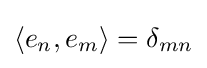
\langle e_{n},e_{m}\rangle =\delta _{mn}